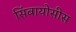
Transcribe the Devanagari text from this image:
सिंबायोसीस